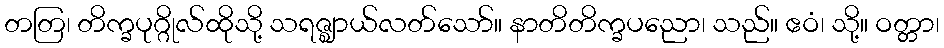
တတြ၊ တိက္ခပုဂ္ဂိုလ်ထိုသို့ သရဇ္ဈာယ်လတ်သော်။ နာတိတိက္ခပညော၊ သည်။ ဧဝံ၊ သို့။ ဝတ္တာ၊